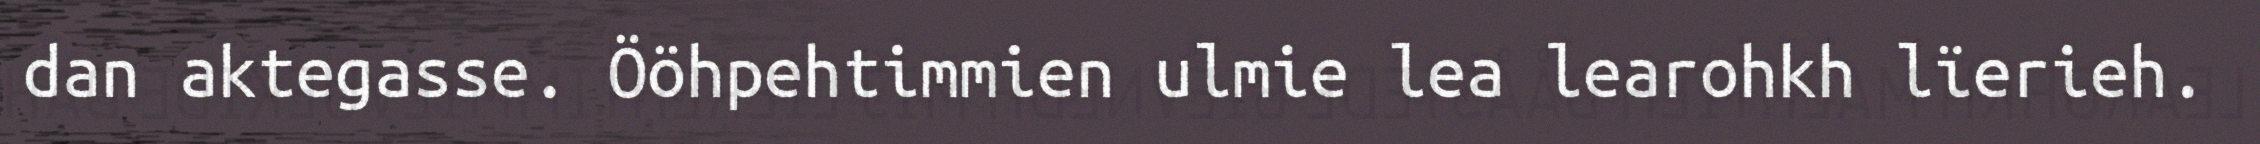
dan aktegasse. Ööhpehtimmien ulmie lea learohkh lïerieh.